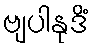
ဗျပါနုဒိံ